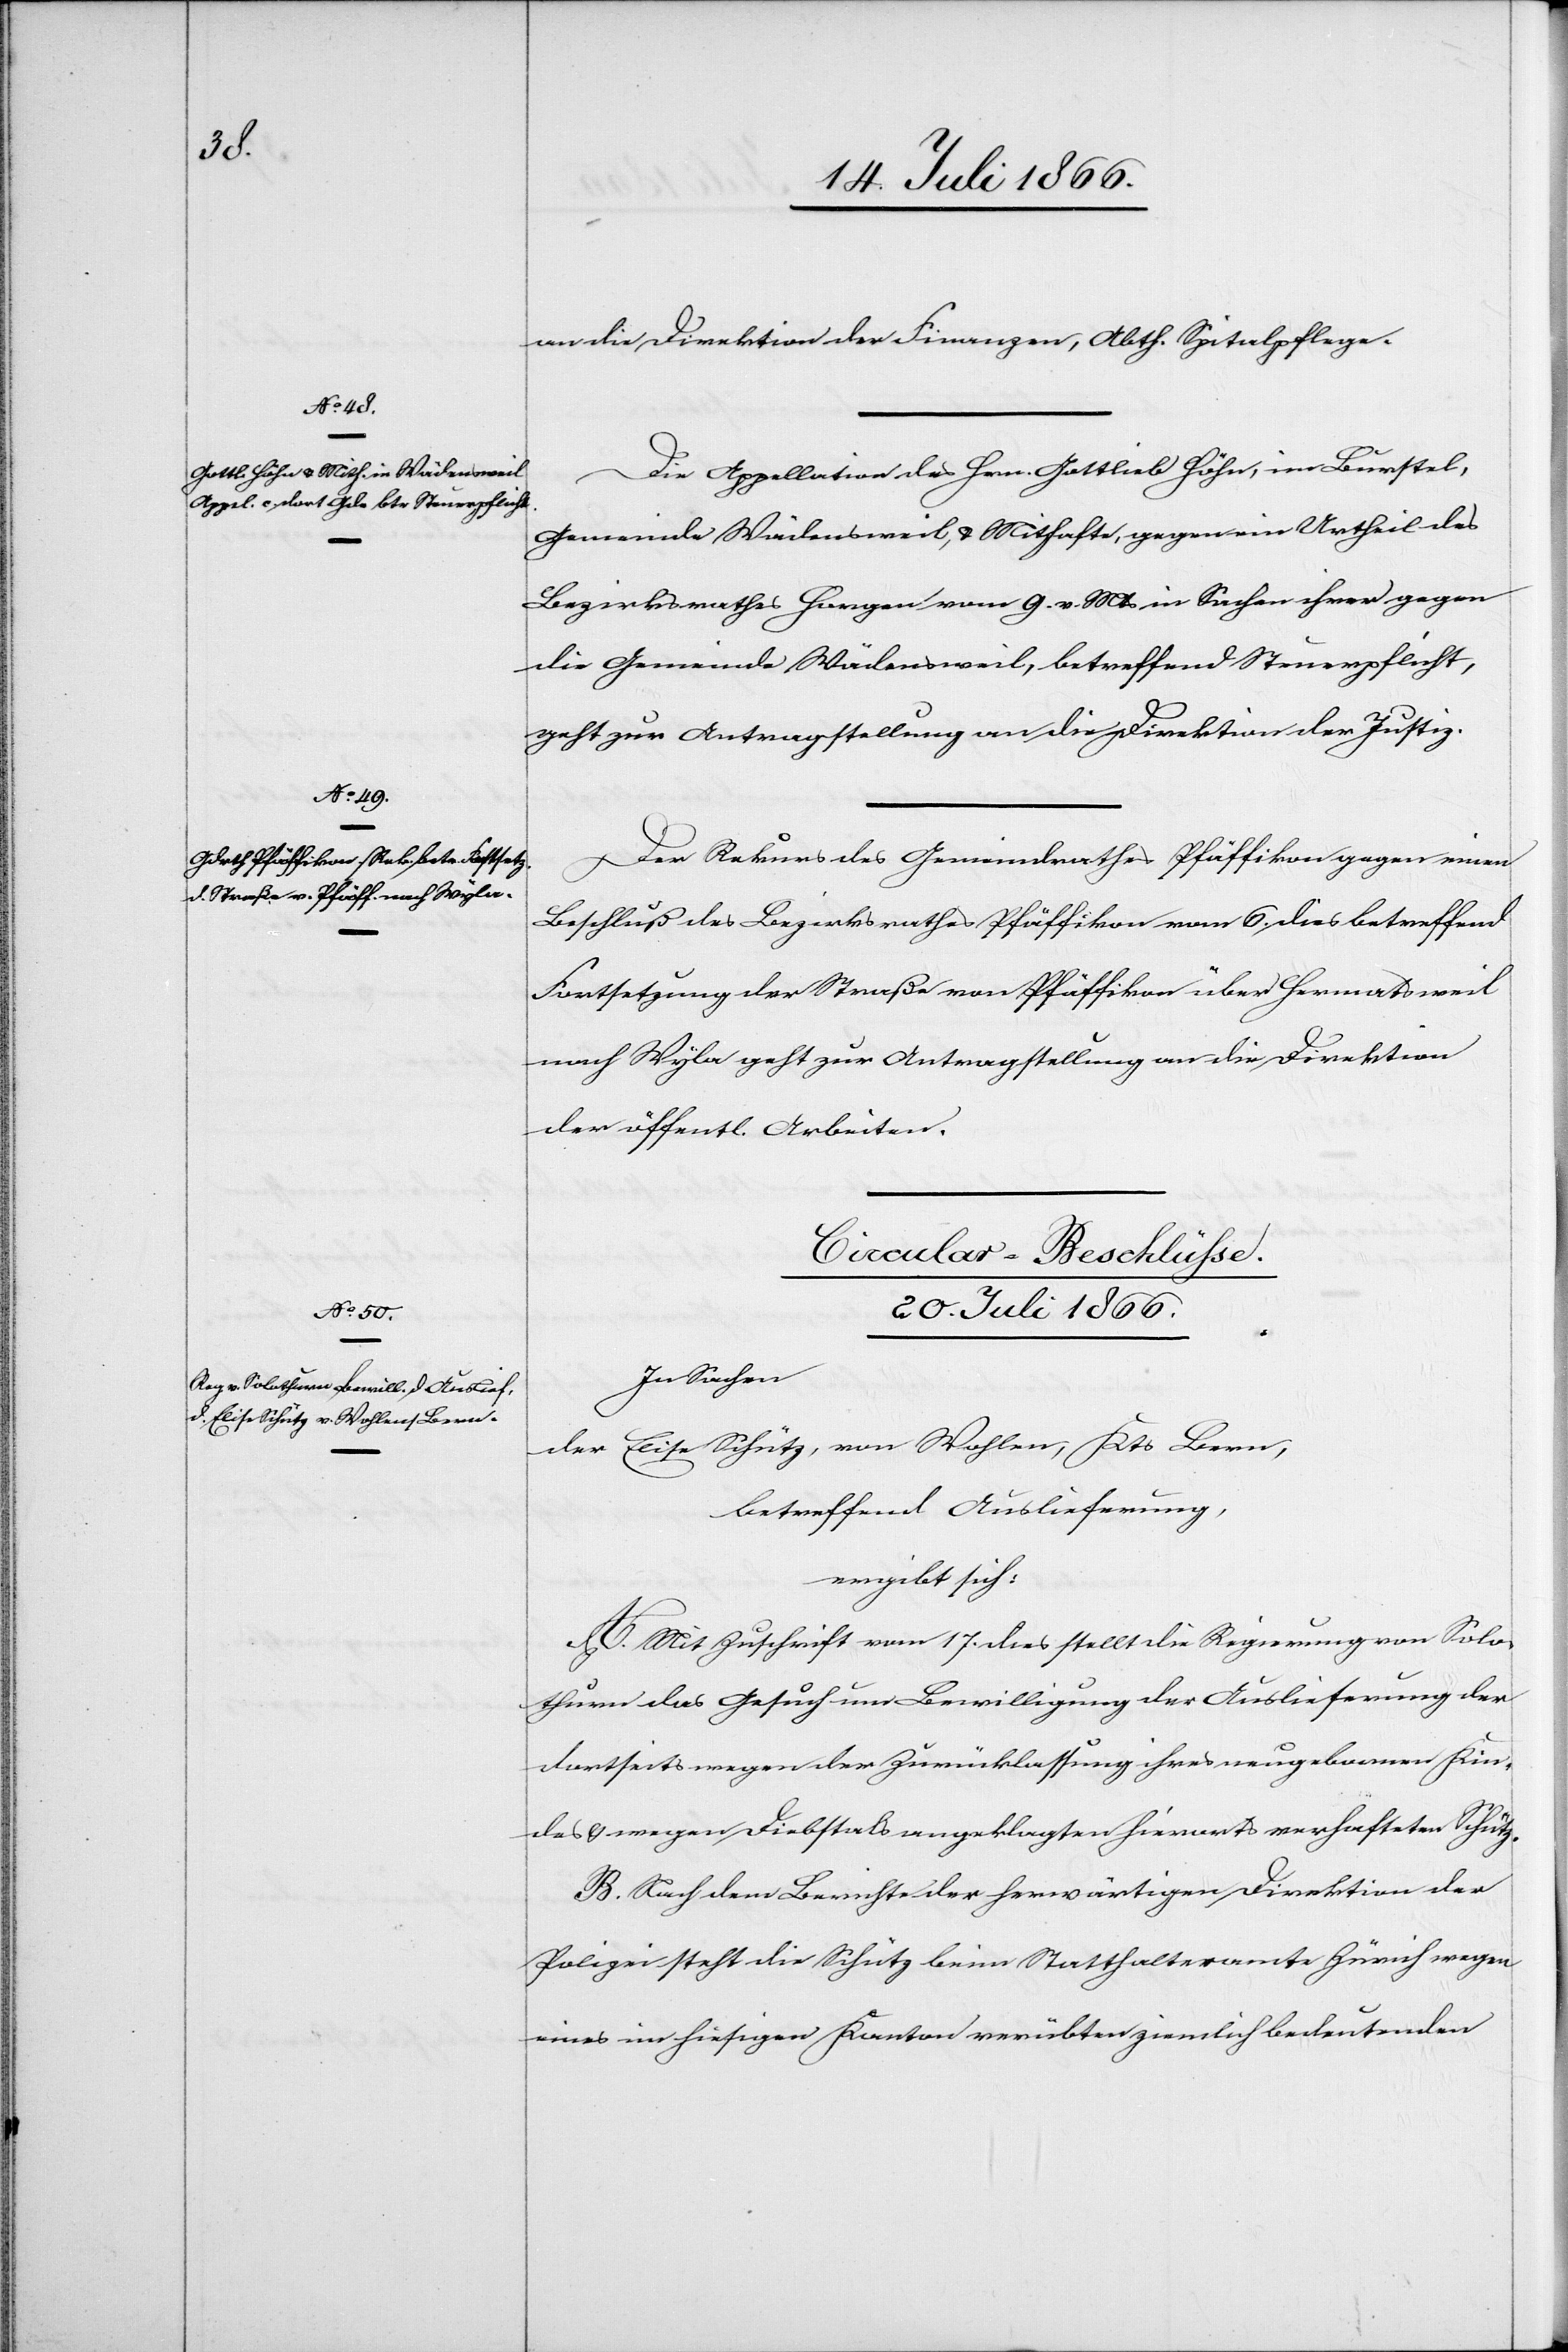
an die Direktion der Finanzen, Abth. Spitalpflege.
Die Appellation des Hrn. Gottlieb Höhn, im Burstel,
Gemeinde Wädensweil, u. Mithafte, gegen ein Urtheil des
Bezirksgerichtes Horgen vom 9. v. Mts. in Sachen ihrer gegen
die Gemeinde Wädensweil, betreffend Steuerpflicht,
geht zur Antragstellung an die Direktion der Justiz.
Der Rekurs des Gemeindrathes Pfäffikon gegen einen
Beschluß des Bezirksrathes Pfäffikon vom 6. dies betreffend
Fortsetzung der Straße von Pfäffikon über Hermatsweil
nach Wyla geht zur Antragstellung an die Direktion
der öffentl. Arbeiten.
Cirkular-Beschlüße.
20. Juli 1866.
In Sachen
der Elise Schütz, von Wohlen, Kts. Bern,
betreffend Auslieferung,
ergibt sich:
A. Mit Zuschrift vom 17. dies stellt die Regierung von Solo¬
thurn das Gesuch um Bewilligung der Auslieferung der
dortseits wegen der Zurücklassung ihres neugeborenen Kin¬
des u. wegen Diebstals angeklagten hierorts verhafteten Schütz.
B. Nach dem Berichte der herwärtigen Direktion der
Polizei steht die Schütz beim Statthalteramte Zürich wegen
eines in hiesigem Kanton verübten ziemlich bedeutenden